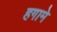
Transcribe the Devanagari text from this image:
हगामे